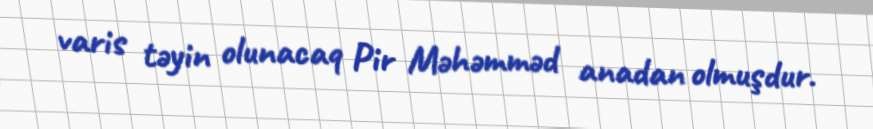
varis təyin olunacaq Pir Məhəmməd anadan olmuşdur.